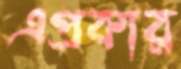
এপ্রকার